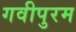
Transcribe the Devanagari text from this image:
गवीपुरम